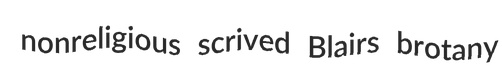
nonreligious scrived Blairs brotany